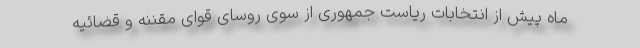
ماه پیش از انتخابات ریاست جمهوری از سوی روسای قوای مقننه و قضائیه